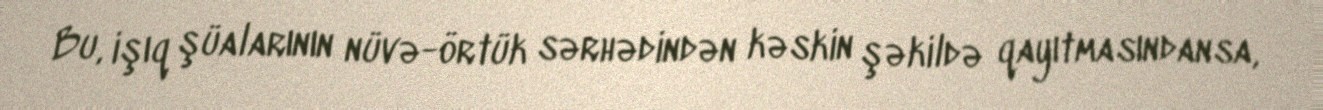
Bu, işıq şüalarının nüvə-örtük sərhədindən kəskin şəkildə qayıtmasındansa,